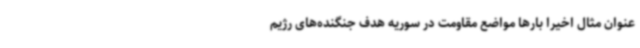
عنوان مثال اخیرا بارها مواضع مقاومت در سوریه هدف جنگنده‌های رژیم